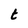
Character: t